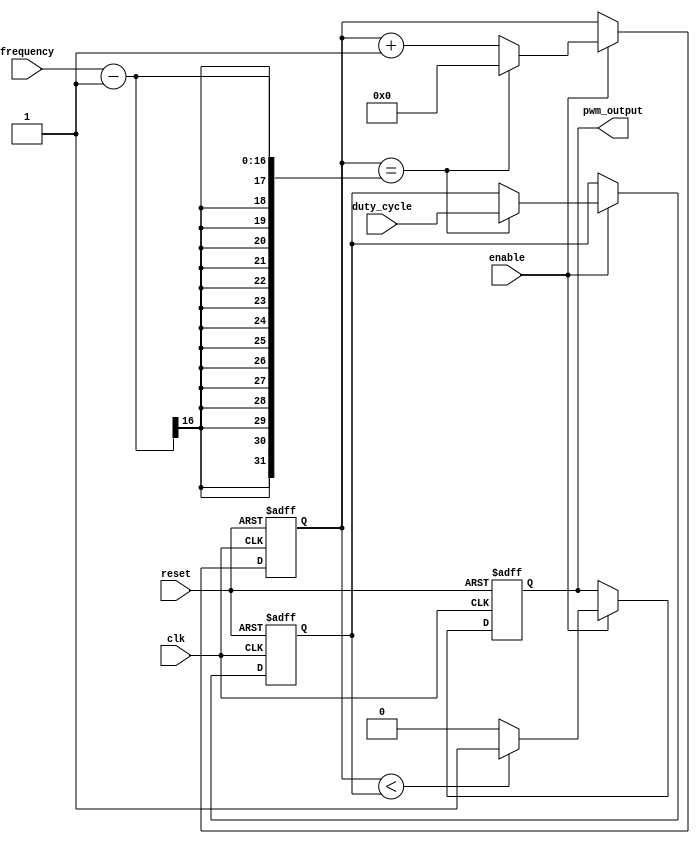
module PWM_Pulse_Generator (
  input wire clk,
  input wire reset,
  input wire enable,
  input wire [7:0] duty_cycle,
  input wire [15:0] frequency,
  output reg pwm_output
);

reg [15:0] counter;
reg [7:0] compare_value;

always @ (posedge clk or posedge reset) begin
  if (reset) begin
    counter <= 16'd0;
    compare_value <= 8'd0;
    pwm_output <= 0;
  end else if (enable) begin
    if (counter == frequency - 1) begin
      counter <= 16'd0;
      compare_value <= duty_cycle;
    end else begin
      counter <= counter + 1;
    end

    if (counter < compare_value) begin
      pwm_output <= 1;
    end else begin
      pwm_output <= 0;
    end
  end
end

endmodule